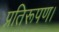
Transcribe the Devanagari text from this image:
प्रतिरूपण।